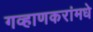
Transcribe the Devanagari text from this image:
गव्हाणकरांमधे